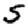
Digit: 5